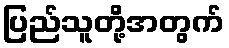
ပြည်သူတို့အတွက်